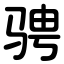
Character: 骋